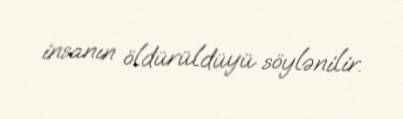
insanın öldürüldüyü söylənilir.